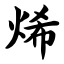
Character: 烯